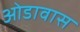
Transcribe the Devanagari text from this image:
ओडावास